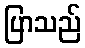
ပြာသည်